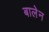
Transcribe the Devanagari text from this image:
बालेन